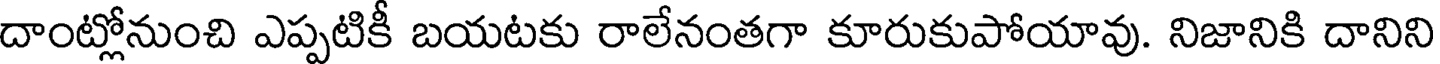
దాంట్లోనుంచి ఎప్పటికీ బయటకు రాలేనంతగా కూరుకుపోయావు. నిజానికి దానిని